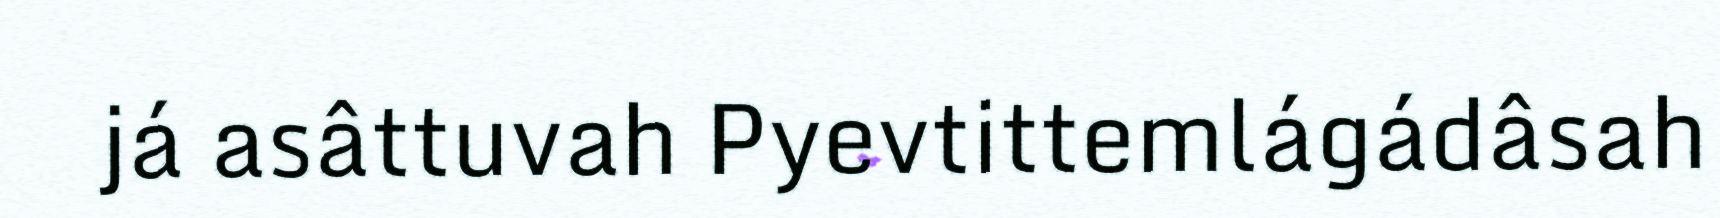
já asâttuvah Pyevtittemlágádâsah